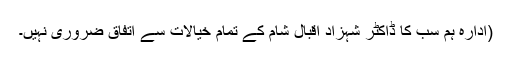
(ادارہ ہم سب کا ڈاکٹر شہزاد اقبال شام کے تمام خیالات سے اتفاق ضروری نہیں۔